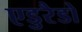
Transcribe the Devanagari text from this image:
एडुरैडो